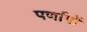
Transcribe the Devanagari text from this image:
पर्णागों